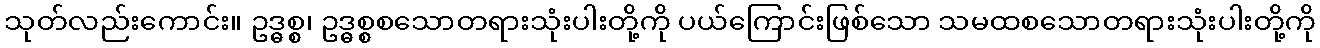
သုတ်လည်းကောင်း။ ဥဒ္ဓစ္စ၊ ဥဒ္ဓစ္စစသောတရားသုံးပါးတို့ကို ပယ်ကြောင်းဖြစ်သော သမထစသောတရားသုံးပါးတို့ကို